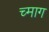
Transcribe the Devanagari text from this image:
च्माग